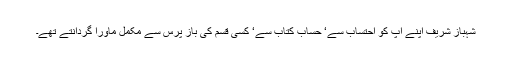
شہباز شریف اپنے آپ کو احتساب سے‘ حساب کتاب سے‘ کسی قسم کی باز پرس سے مکمل ماورا گردانتے تھے۔